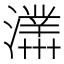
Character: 𤃊